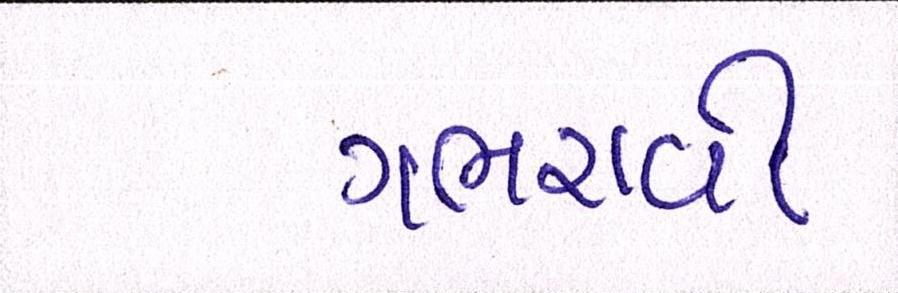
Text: ગભરાવી